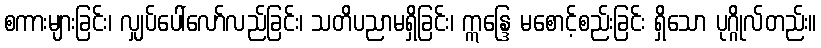
စကားများခြင်း၊ လျှပ်ပေါ်လော်လည်ခြင်း၊ သတိပညာမရှိခြင်း၊ ဣန္ဒြေ မစောင့်စည်းခြင်း ရှိသော ပုဂ္ဂိုလ်တည်း။